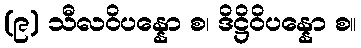
(၉) သီလဝိပန္နော စ၊ ဒိဋ္ဌိဝိပန္နော စ။